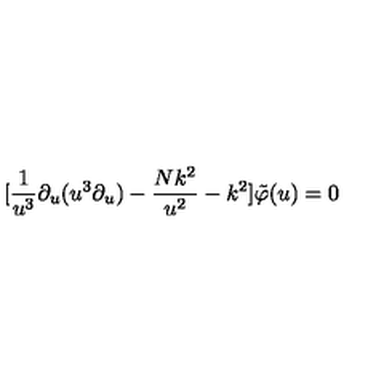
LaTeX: [ \frac { 1 } { u ^ { 3 } } \partial _ { u } ( u ^ { 3 } \partial _ { u } ) - \frac { N k ^ { 2 } } { u ^ { 2 } } - k ^ { 2 } ] \tilde { \varphi } ( u ) = 0